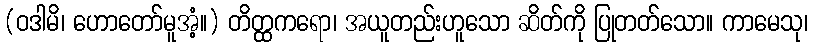
(ဝဒါမိ၊ ဟောတော်မူအံ့။) တိတ္ထကရော၊ အယူတည်းဟူသော ဆိတ်ကို ပြုတတ်သော။ ကာမေသု၊